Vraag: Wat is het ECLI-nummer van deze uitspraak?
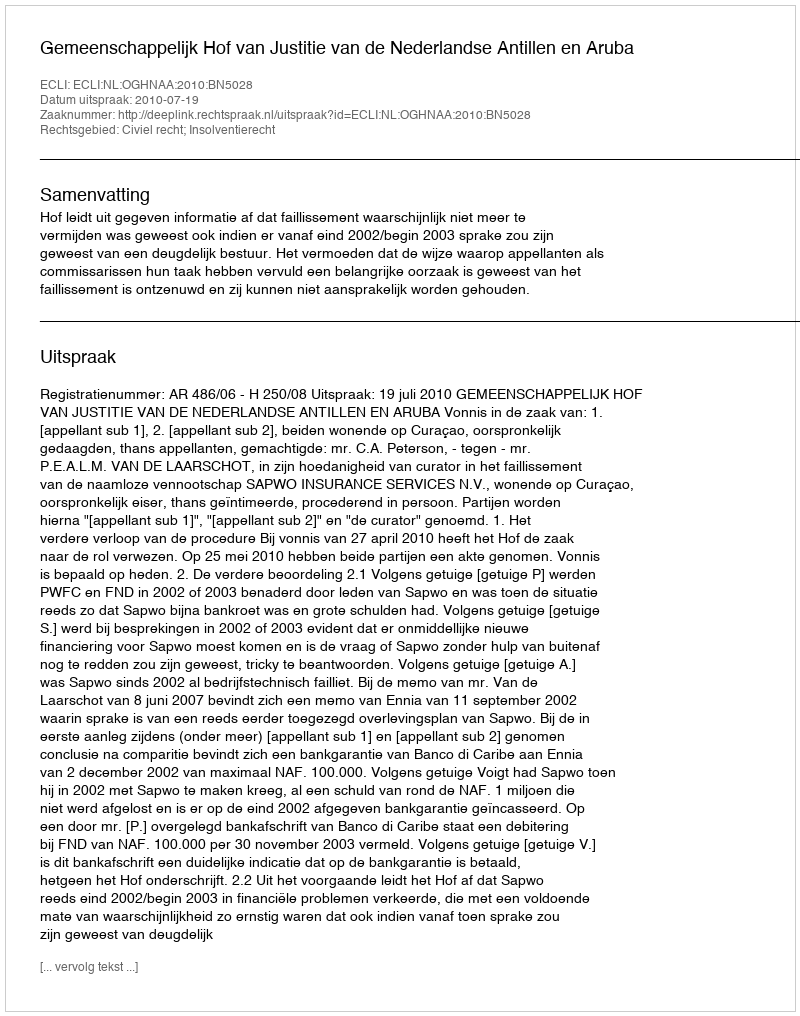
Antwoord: ECLI:NL:OGHNAA:2010:BN5028